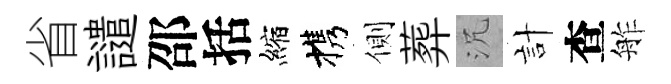
省譴邵括縮携側葬沉計查舴